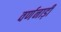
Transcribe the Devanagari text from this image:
वर्णनाड़ी